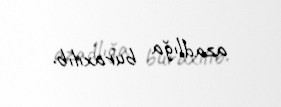
azadlığa buraxılıb.